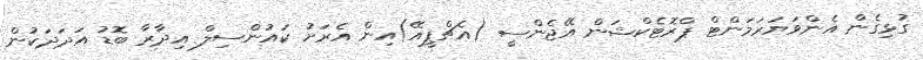
ގުޅިގެން އެންވަޔަރަމަންޓް ޕްރޮޓެކްޝަން އޭޖެންސީ (އެޗްޕީއޭ)އިން އެރަށު ކައުންސިލް އިދާރާ ބޮޑު އަދަދަކުން